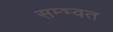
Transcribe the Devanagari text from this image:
सम्भ्वत